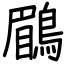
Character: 鶥